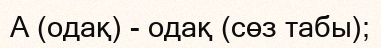
А (одақ) - одақ (сөз табы);